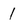
Character: 1